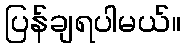
ပြန်ချရပါမယ်။